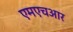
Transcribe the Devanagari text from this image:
एमएचआर